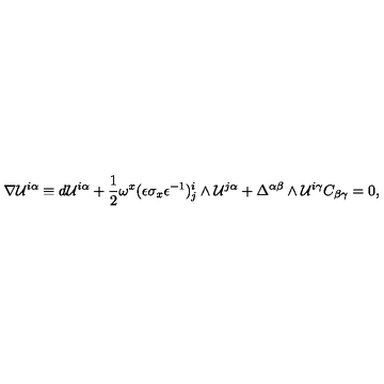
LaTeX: \nabla { \cal U } ^ { i \alpha } \equiv d { \cal U } ^ { i \alpha } + { \frac { 1 } { 2 } } \omega ^ { x } ( \epsilon \sigma _ { x } \epsilon ^ { - 1 } ) _ { j } ^ { i } \wedge { \cal U } ^ { j \alpha } + \Delta ^ { \alpha \beta } \wedge { \cal U } ^ { i \gamma } C _ { \beta \gamma } = 0 ,